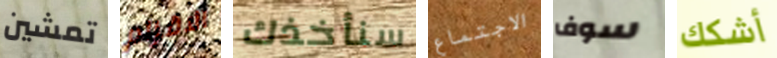
تمشين الاقزام سنأخذك الاجتماع سوف أشكك